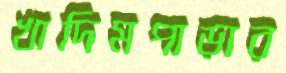
খাদিমপাড়ার